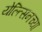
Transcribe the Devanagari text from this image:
येल्त्सिनच्या